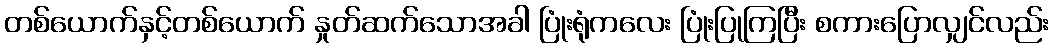
တစ်ယောက်နှင့်တစ်ယောက် နှုတ်ဆက်သောအခါ ပြုံးရုံကလေး ပြုံးပြုကြပြီး စကားပြောလျှင်လည်း